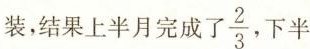
装，结果上半月完成了\frac{2}{3}下半